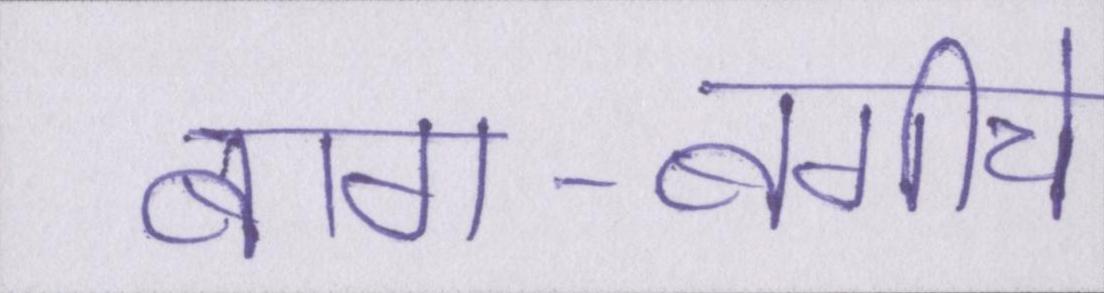
बाग-बगीचे